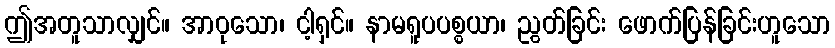
ဤအတူသာလျှင်။ အာဝုသော၊ ငါ့ရှင်။ နာမရူပပစ္စယာ၊ ညွတ်ခြင်း ဖောက်ပြန်ခြင်းဟူသော